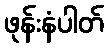
ဖုန်းနံပါတ်